Investigations on Bengal jail dietaries - Number 37
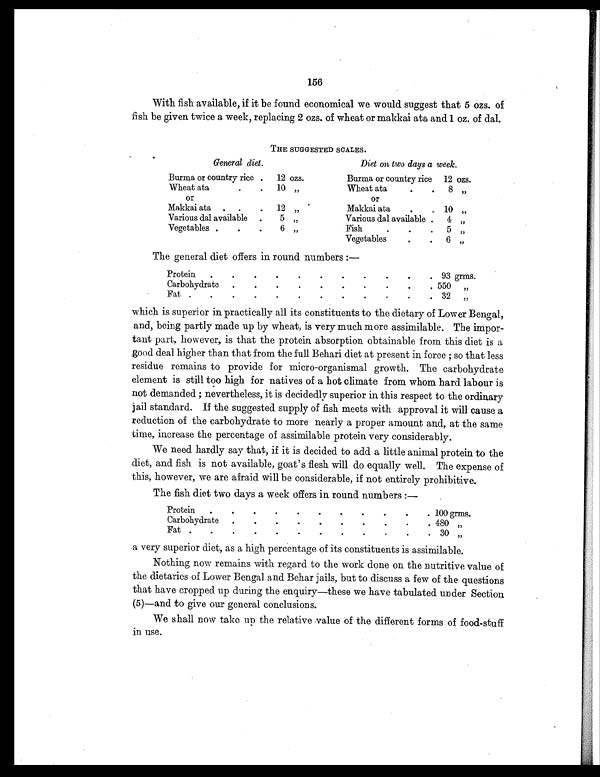
156
With fish available, if it be found economical we would suggest that 5 ozs. of
fish be given twice a week, replacing 2 ozs. of wheat or makkai ata and 1 oz. of dal.
THE SUGGESTED SCALES.
General diet.
Diet on two days a week.
Burma or country rice .
12 ozs.
Burma or country rice
12 ozs.
Wheat ata
.
.
10 „
Wheat ata
.
.
8
„
or
or
Makkai ata
.
.
.
12 „
Makkai ata
.
. 10 „
Various dal available
.
5
„
Various dal available .
4 „
Vegetables
.
.
.
6
„
Fish
.
.
.
5
„
Vegetable
.
. 6 „
The general diet offers in round numbers :—
Protein
.
.
.
.
.
.
.
.
.
. . 93 grms.
Carbohydrate
.
.
.
.
.
.
.
.
.
. 550 „
Fat .
.
.
.
.
.
.
.
.
. .
. 32
„
which is superior in practically all its constituents to the dietary of Lower Bengal,
and, being partly made up by wheat, is very much more assimilable. The impor-
tant part, however, is that the protein absorption obtainable from this diet is a
good deal higher than that from the full Behari diet at present in force ; so that less
residue remains to provide for micro-organismal growth. The carbohydrate
element is still too high for natives of a hot climate from whom hard labour is
not demanded ; nevertheless, it is decidedly superior in this respect to the ordinary
jail standard. If the suggested supply of fish meets with approval it will cause a
reduction of the carbohydrate to more nearly a proper amount and, at the same
time, increase the percentage of assimilable protein very considerably.
We need hardly say that, if it is decided to add a little animal protein to the
diet, and fish is not available, goat's flesh will do equally well. The expense of
this, however, we are afraid will be considerable, if not entirely prohibitive.
The fish diet two days a week offers in round numbers :—
Protein
.
.
.
.
.
.
.
. .
.
. 100 grms.
Carbohydrate
.
.
.
.
. .
.
.
.
. 480 „
Fat .
.
.
.
.
.
.
.
.
.
.
. 30 „
a very superior diet, as a high percentage of its constituents is assimilable.
Nothing now remains with regard to the work done on the nutritive value of
the dietaries of Lower Bengal and Behar jails, but to discuss a few of the questions
that have cropped up during the enquiry—these we have tabulated under Section
(5)—and to give our general conclusions.
We shall now take up the relative value of the different forms of food-stuff
in use.